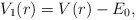
\begin{align*} V_1(r) = V(r) - E_0, \end{align*}